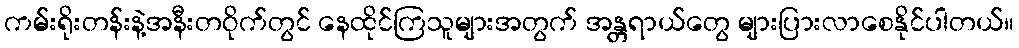
ကမ်းရိုးတန်းနဲ့အနီးတဝိုက်တွင် နေထိုင်ကြသူများအတွက် အန္တရာယ်တွေ များပြားလာစေနိုင်ပါတယ်။